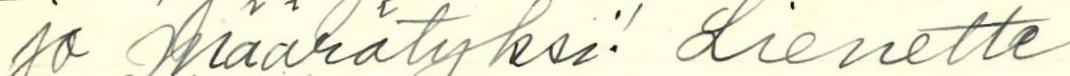
jo määrätyksi. Lienette